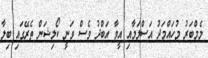
މެމްބަރު މުހައްމަދު އަސްލަމާއި އީވާ އަބްދު ވެސް ވަނީ ކޯލިޝަން ތެރޭގައި ބިލާ